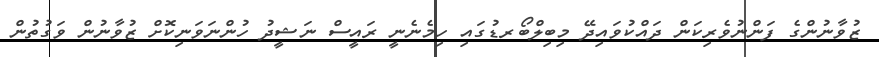
ޒުވާނުންގެ ފަންނުވެރިކަން ދައްކުވައިދޭ މިބިލްބޯރޑުގައި ހިމެނެނީ ރައީސް ނަޝީދު ހުންނަވަނިކޮށް ޒުވާނުން ވަގުތުން